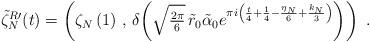
LaTeX: \begin{align*} \tilde{\zeta}_N^{R\prime}(t) = \left( \zeta_N\left( 1 \right) \,,\, \delta\!\left( \sqrt{\tfrac{2\pi}{6}} \, \tilde{r}_0\tilde{\alpha}_0 e^{\pi i\left( \frac{t}{4} + \frac{1}{4}-\frac{\eta_N}{6} + \frac{k_N}{3} \right)} \right) \right) \ .\end{align*}